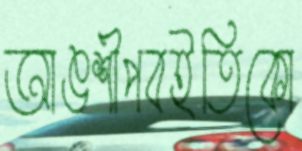
আঙশীপবইতিকো